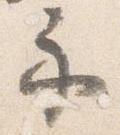
示